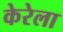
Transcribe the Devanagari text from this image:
केरेला